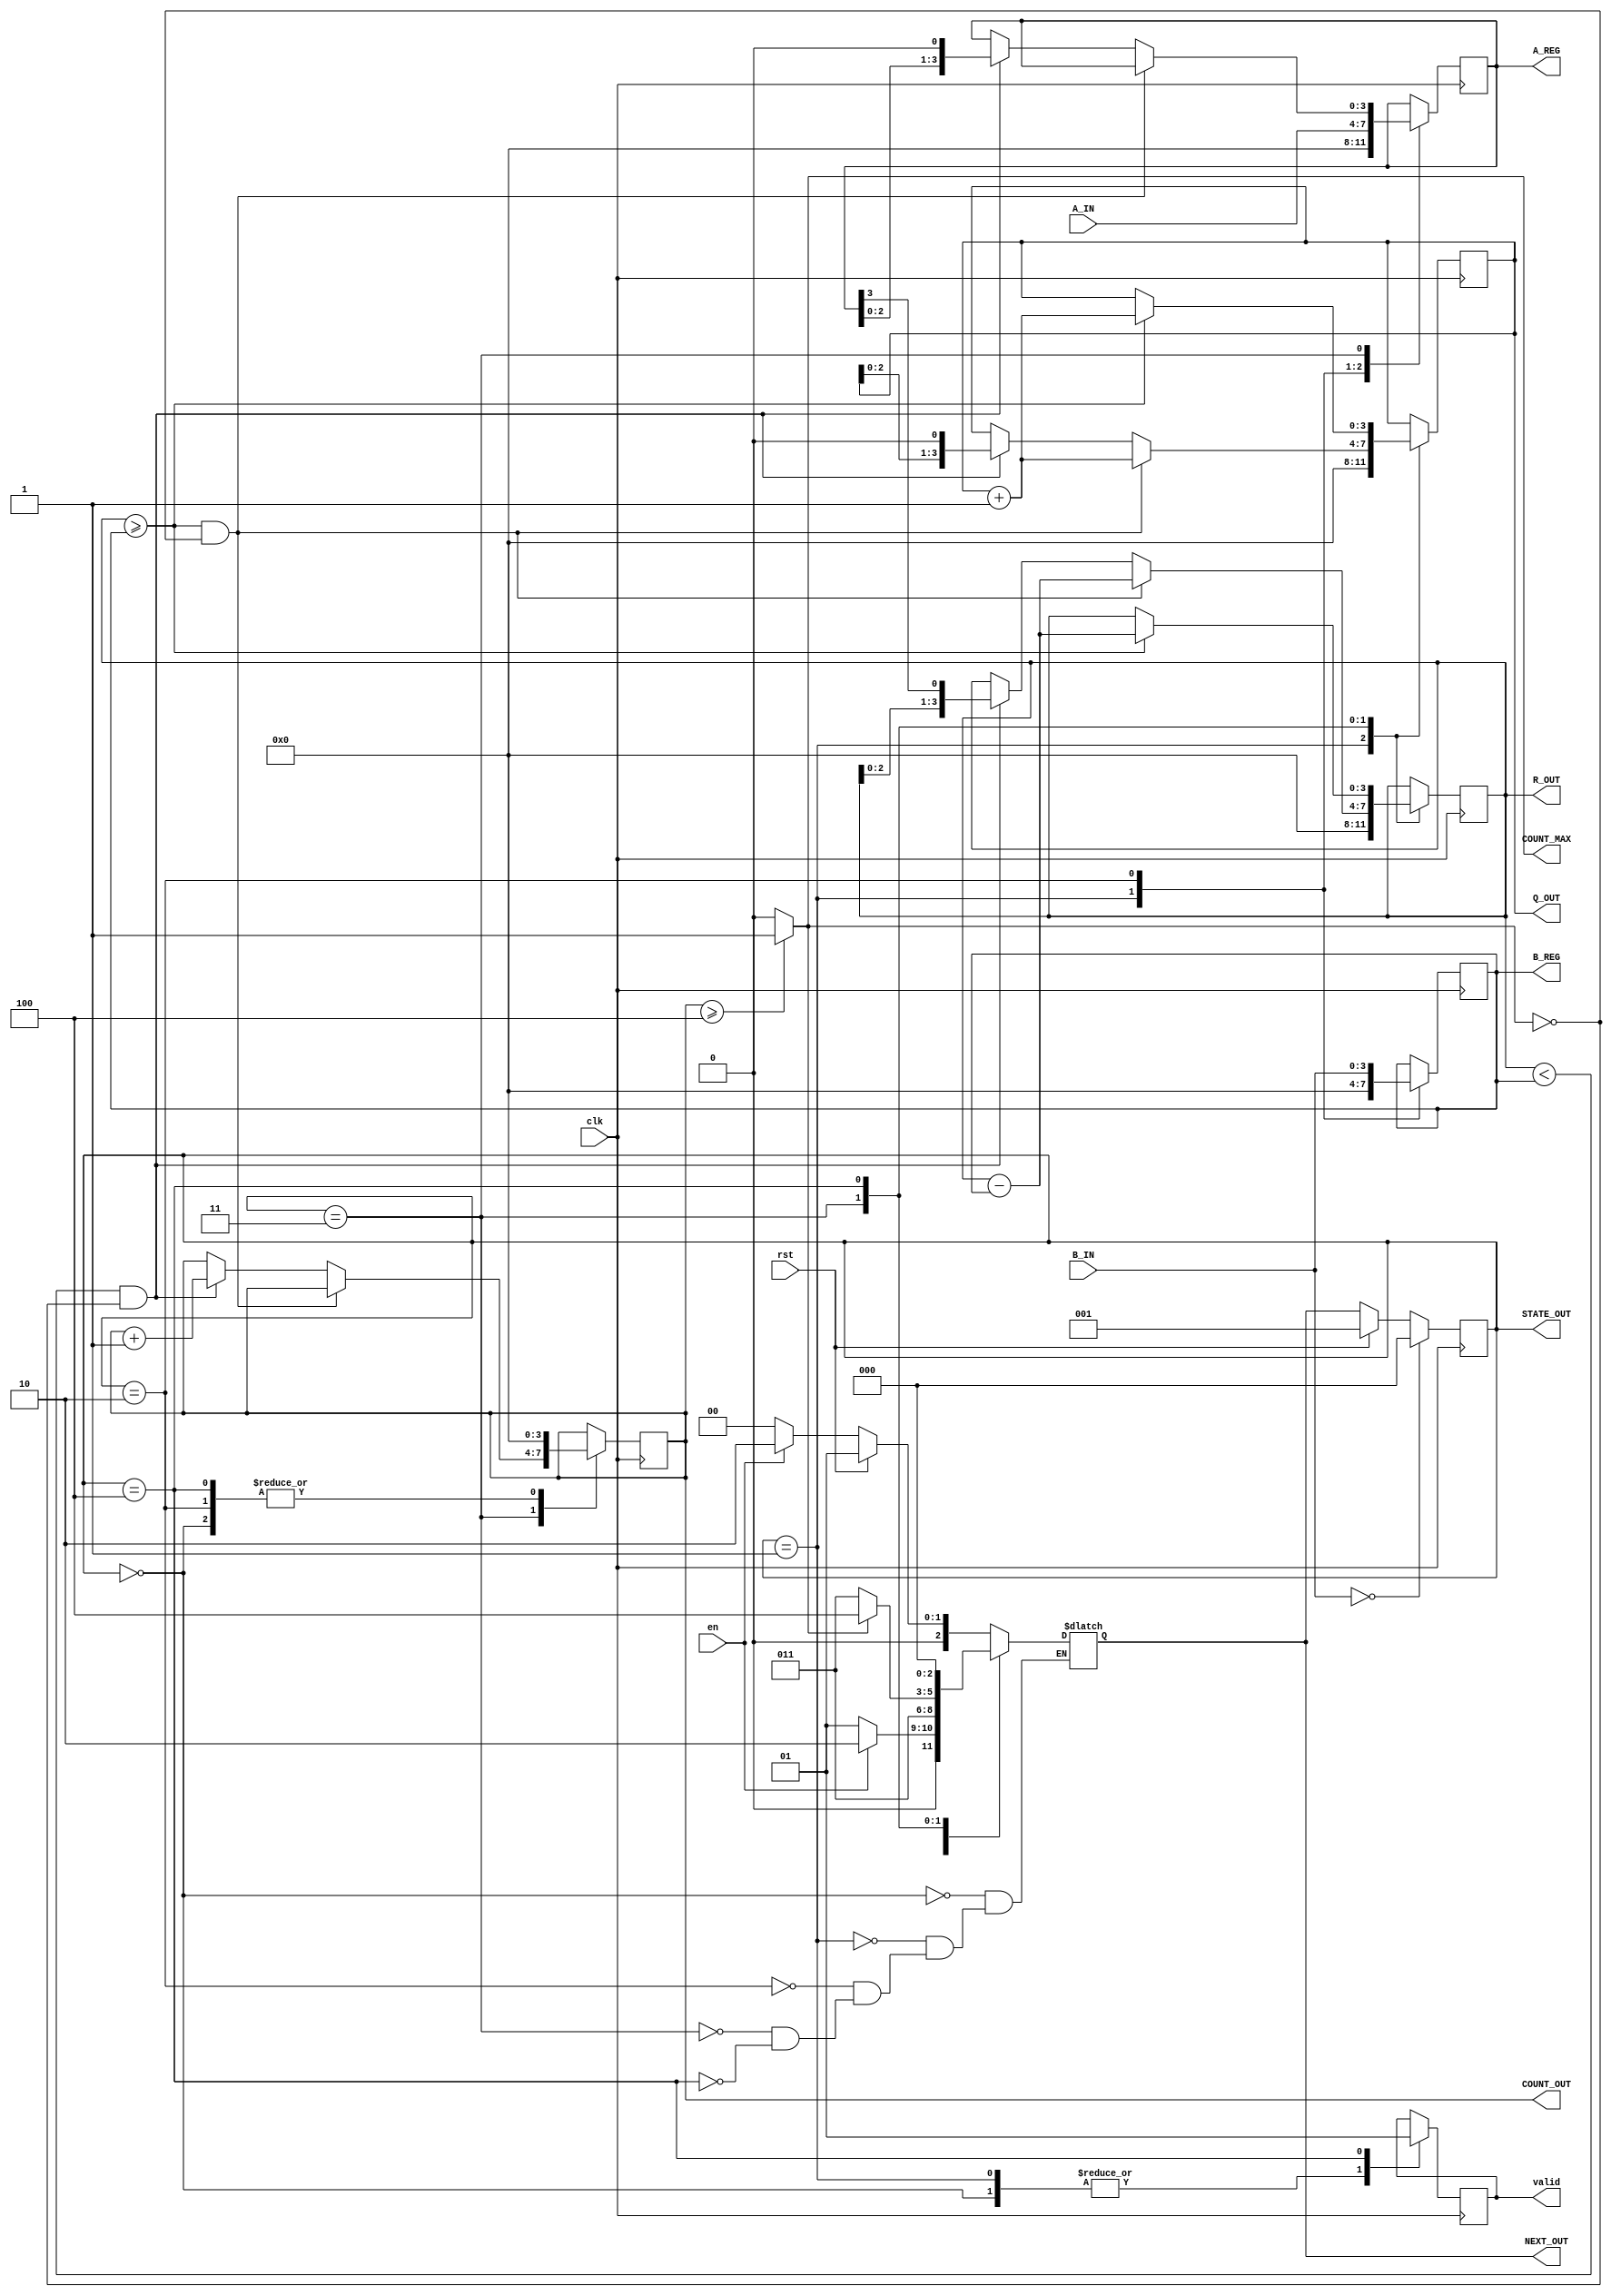
/*
This divider is based on [the following link](https://projectf.io/posts/division-in-verilog/). This project is just to give it a personal take on the algorithm shown there.

Basically this project tries to use the 
* next state update
* next state logic
* datapath logic

workflow, or in other words, how i understand digital design.

Kinda bad since its pretty long and the number of cycles can be improved. However, overall the algorithm is solid and works OKAY i guess.
*/


module divisor #(parameter WIDTH=4) (A_IN,B_IN,Q_OUT,R_OUT,STATE_OUT,NEXT_OUT,clk,rst,en,A_REG,B_REG,COUNT_OUT,COUNT_MAX,valid);
  // unsigned A:B = D+R
  input [WIDTH-1:0] A_IN;
  input [WIDTH-1:0] B_IN;
  input clk,rst,en;
  output [WIDTH-1:0] Q_OUT;
  output [WIDTH-1:0] R_OUT;
  output [WIDTH-1:0] A_REG;
  output [WIDTH-1:0] B_REG;
  output [2:0] STATE_OUT;
  output [2:0] NEXT_OUT;
  output [WIDTH-1:0] COUNT_OUT;
  output COUNT_MAX;
  output valid;
  
  reg valid_r;
  reg [WIDTH-1:0] A; // copy of A
  reg [WIDTH-1:0] B; // copy of B
  reg [WIDTH-1:0] Q; // placeholder for D (quotient)
  reg [WIDTH-1:0] R; // placeholder for R (remainder), also serves as accumulator
  
  reg [2:0]	cur_state;
  reg [2:0]	next_state;
  reg [WIDTH-1:0]counter;//iteration counter
  
  assign Q_OUT = Q;
  assign R_OUT = R;
  assign A_REG = A;
  assign B_REG = B;
  assign valid = valid_r;
  assign STATE_OUT = cur_state;
  assign NEXT_OUT = next_state;
  assign COUNT_OUT =counter;
  assign COUNT_MAX = (counter>=WIDTH) ? 1:0;
  localparam IDLE = 3'd0;
  localparam ZERO = 3'd1;
  localparam LOAD = 3'd2;
  localparam DIV = 3'd3;
  localparam FINISH = 3'd4;
  
  //update state
  always @(posedge clk) begin
    if(B_IN==0)
      cur_state<=IDLE;
    else if(rst)
      cur_state<=ZERO;
    else
      cur_state<=next_state;
  end
  
  //next state logic
  always @(*)begin
    case(cur_state)
      IDLE:begin
        if(rst)
          	next_state=ZERO;
      	else if(en)
      		next_state=LOAD;
        else
          	next_state=IDLE;
      end
      
      ZERO:begin
        if(en)
          next_state=LOAD;
        else
          next_state=ZERO;
      end
      
      LOAD:begin
        	next_state=DIV;
      end
      
      DIV:begin
        if(COUNT_MAX)
          next_state=FINISH;
        else
          next_state=DIV;
      end
      
      FINISH:begin
          next_state=IDLE;
      end
      
    endcase
  end
  
  //actual data algorithm
  always @(posedge clk)begin
    
    case(cur_state)
      IDLE:begin
        A<=A;
        B<=B;
        Q<=Q;
        R<=R;
        counter<=1'd0;
        valid_r <=1'd0;
      end
      
      ZERO:begin
        A<=0;
        B<=0;
        Q<=0;
        R<=0;
        valid_r <=1'd0;
      end
      
      LOAD:begin
        A<=A_IN;
        B<=B_IN;
        counter<=1'd0;
      end
      
      DIV:begin
        if((R>=B)& !COUNT_MAX)begin
          R<=R-B;
          Q<= Q + 1'b1;
        end
        else if ((R<B) & !COUNT_MAX) begin
          counter<=counter+1;
          R<={R[WIDTH-2:0],A[WIDTH-1]};
          A<=A<<1;
          Q<=Q<<1;
        end
        
      end
      
      FINISH:begin
        if(R >= B) begin
          	R<=R-B;
          	Q<= Q + 1'b1;
        end
       	else begin
        	Q<=Q;
      		R<=R;
        end
        counter<=1'd0;
        valid_r <= 1;
      end
      
    endcase
  end
  
endmodule